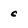
Character: c